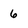
Character: 6